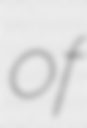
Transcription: of